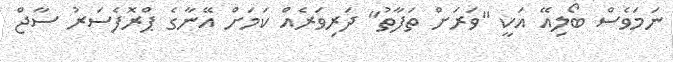
ނަމަވެސް ބޯލިއޭ އަކީ "ވަރަށް ތަފާތު" ދަރިވަރެއް ކަމަށް އޭނާގެ ޕްރޮފެސަރު ސާޖް